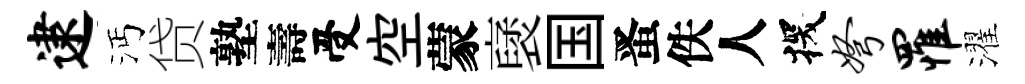
逮沔贷塾壽受空蒙裦国󱉠佚人探弩罹濯